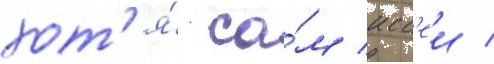
хот'я́ са́м исс'еи /